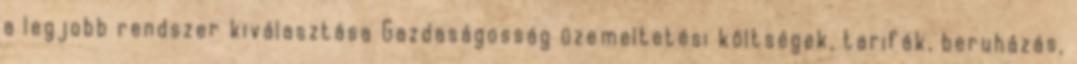
a legjobb rendszer kiválasztása Gazdaságosság üzemeltetési költségek, tarifák, beruházás,